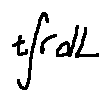
t \int r d L